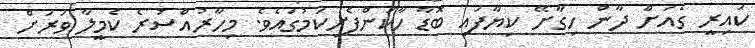
ކައިރީ ގެއަށް ދާން ހިގާށޭ ކިޔާފައި ބޮޑާ ހާކަންފެށިކަމުގައެވެ. މިހާރުއްސުރެ ކެމީލާ ވަރަށް